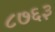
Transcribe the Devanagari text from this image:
८७६३